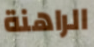
الراهنة